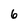
Character: 6